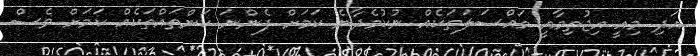
އަދި މިއީ އިޖުތިމާއީ މައްސަލަތަކެއް ނުކުމެދާނެ ކަމަށް ފެންނަ ކަންތައްތަކެއް ކަމަށް ވެސް